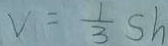
V = \frac { 1 } { 3 } s h